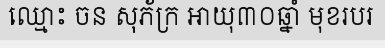
ឈ្មោះ ចន សុភ័ក្រ អាយុ៣០ឆ្នាំ មុខរបរ